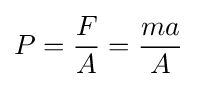
P={\frac {F}{A}}={\frac {ma}{A}}